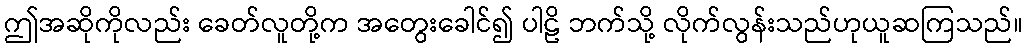
ဤအဆိုကိုလည်း ခေတ်လူတို့က အတွေးခေါင်၍ ပါဠိ ဘက်သို့ လိုက်လွန်းသည်ဟုယူဆကြသည်။